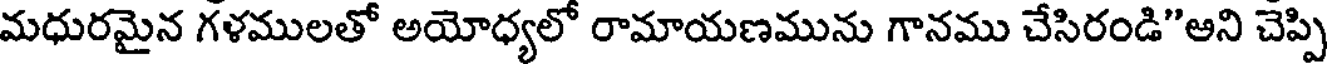
మధురమైన గళములతో అయోధ్యలో రామాయణమును గానము చేసిరండి"అని చెప్పి